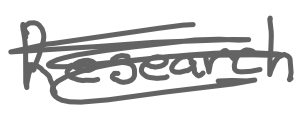
Text: Research
Cross-out: scratch
Writing tool: digital_gray